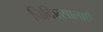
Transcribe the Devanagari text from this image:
चिकित्सालाएँ